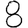
Digit: 8